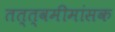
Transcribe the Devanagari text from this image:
तत्त्वमीमांसक